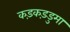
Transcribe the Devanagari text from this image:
कड़कड़डुमा